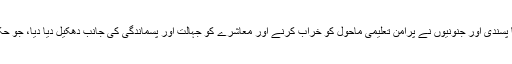
اسی دن سے تعلیمی اداروں میں مذہبی انتہا پسندی اور جنونیوں نے پرامن تعلیمی ماحول کو خراب کرنے اور معاشرے کو جہالت اور پسماندگی کی جانب دھکیل دیا دیا، جو حکمرانوں کا ایک سوچا سمجھا منصوبہ ہے۔